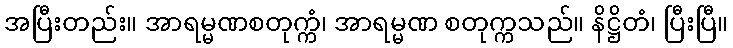
အပြီးတည်း။ အာရမ္မဏစတုက္ကံ၊ အာရမ္မဏ စတုက္ကသည်။ နိဋ္ဌိတံ၊ ပြီးပြီ။